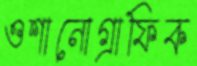
ওশানোগ্রাফিক